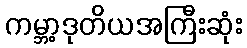
ကမ္ဘာ့ဒုတိယအကြီးဆုံး